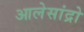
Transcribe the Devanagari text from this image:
आलेसांद्रो